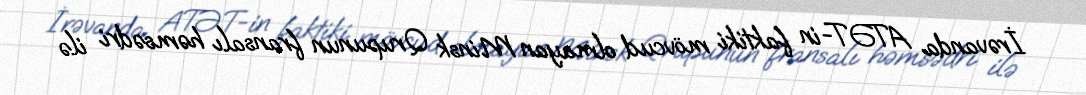
İrəvanda ATƏT-in faktiki mövcud olmayan Minsk Qrupunun fransalı həmsədri ilə